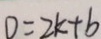
D = 2 k + b